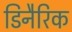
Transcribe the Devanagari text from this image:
डिनैरिक